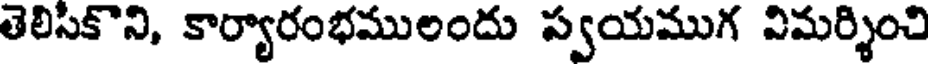
తెలిసికొని, కార్యారంభములందు స్వయముగ విమర్శించి